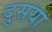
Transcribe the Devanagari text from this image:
दुसया